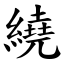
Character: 繞